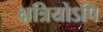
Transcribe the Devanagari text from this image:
क्षत्रियोऽपि